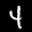
Label: 4